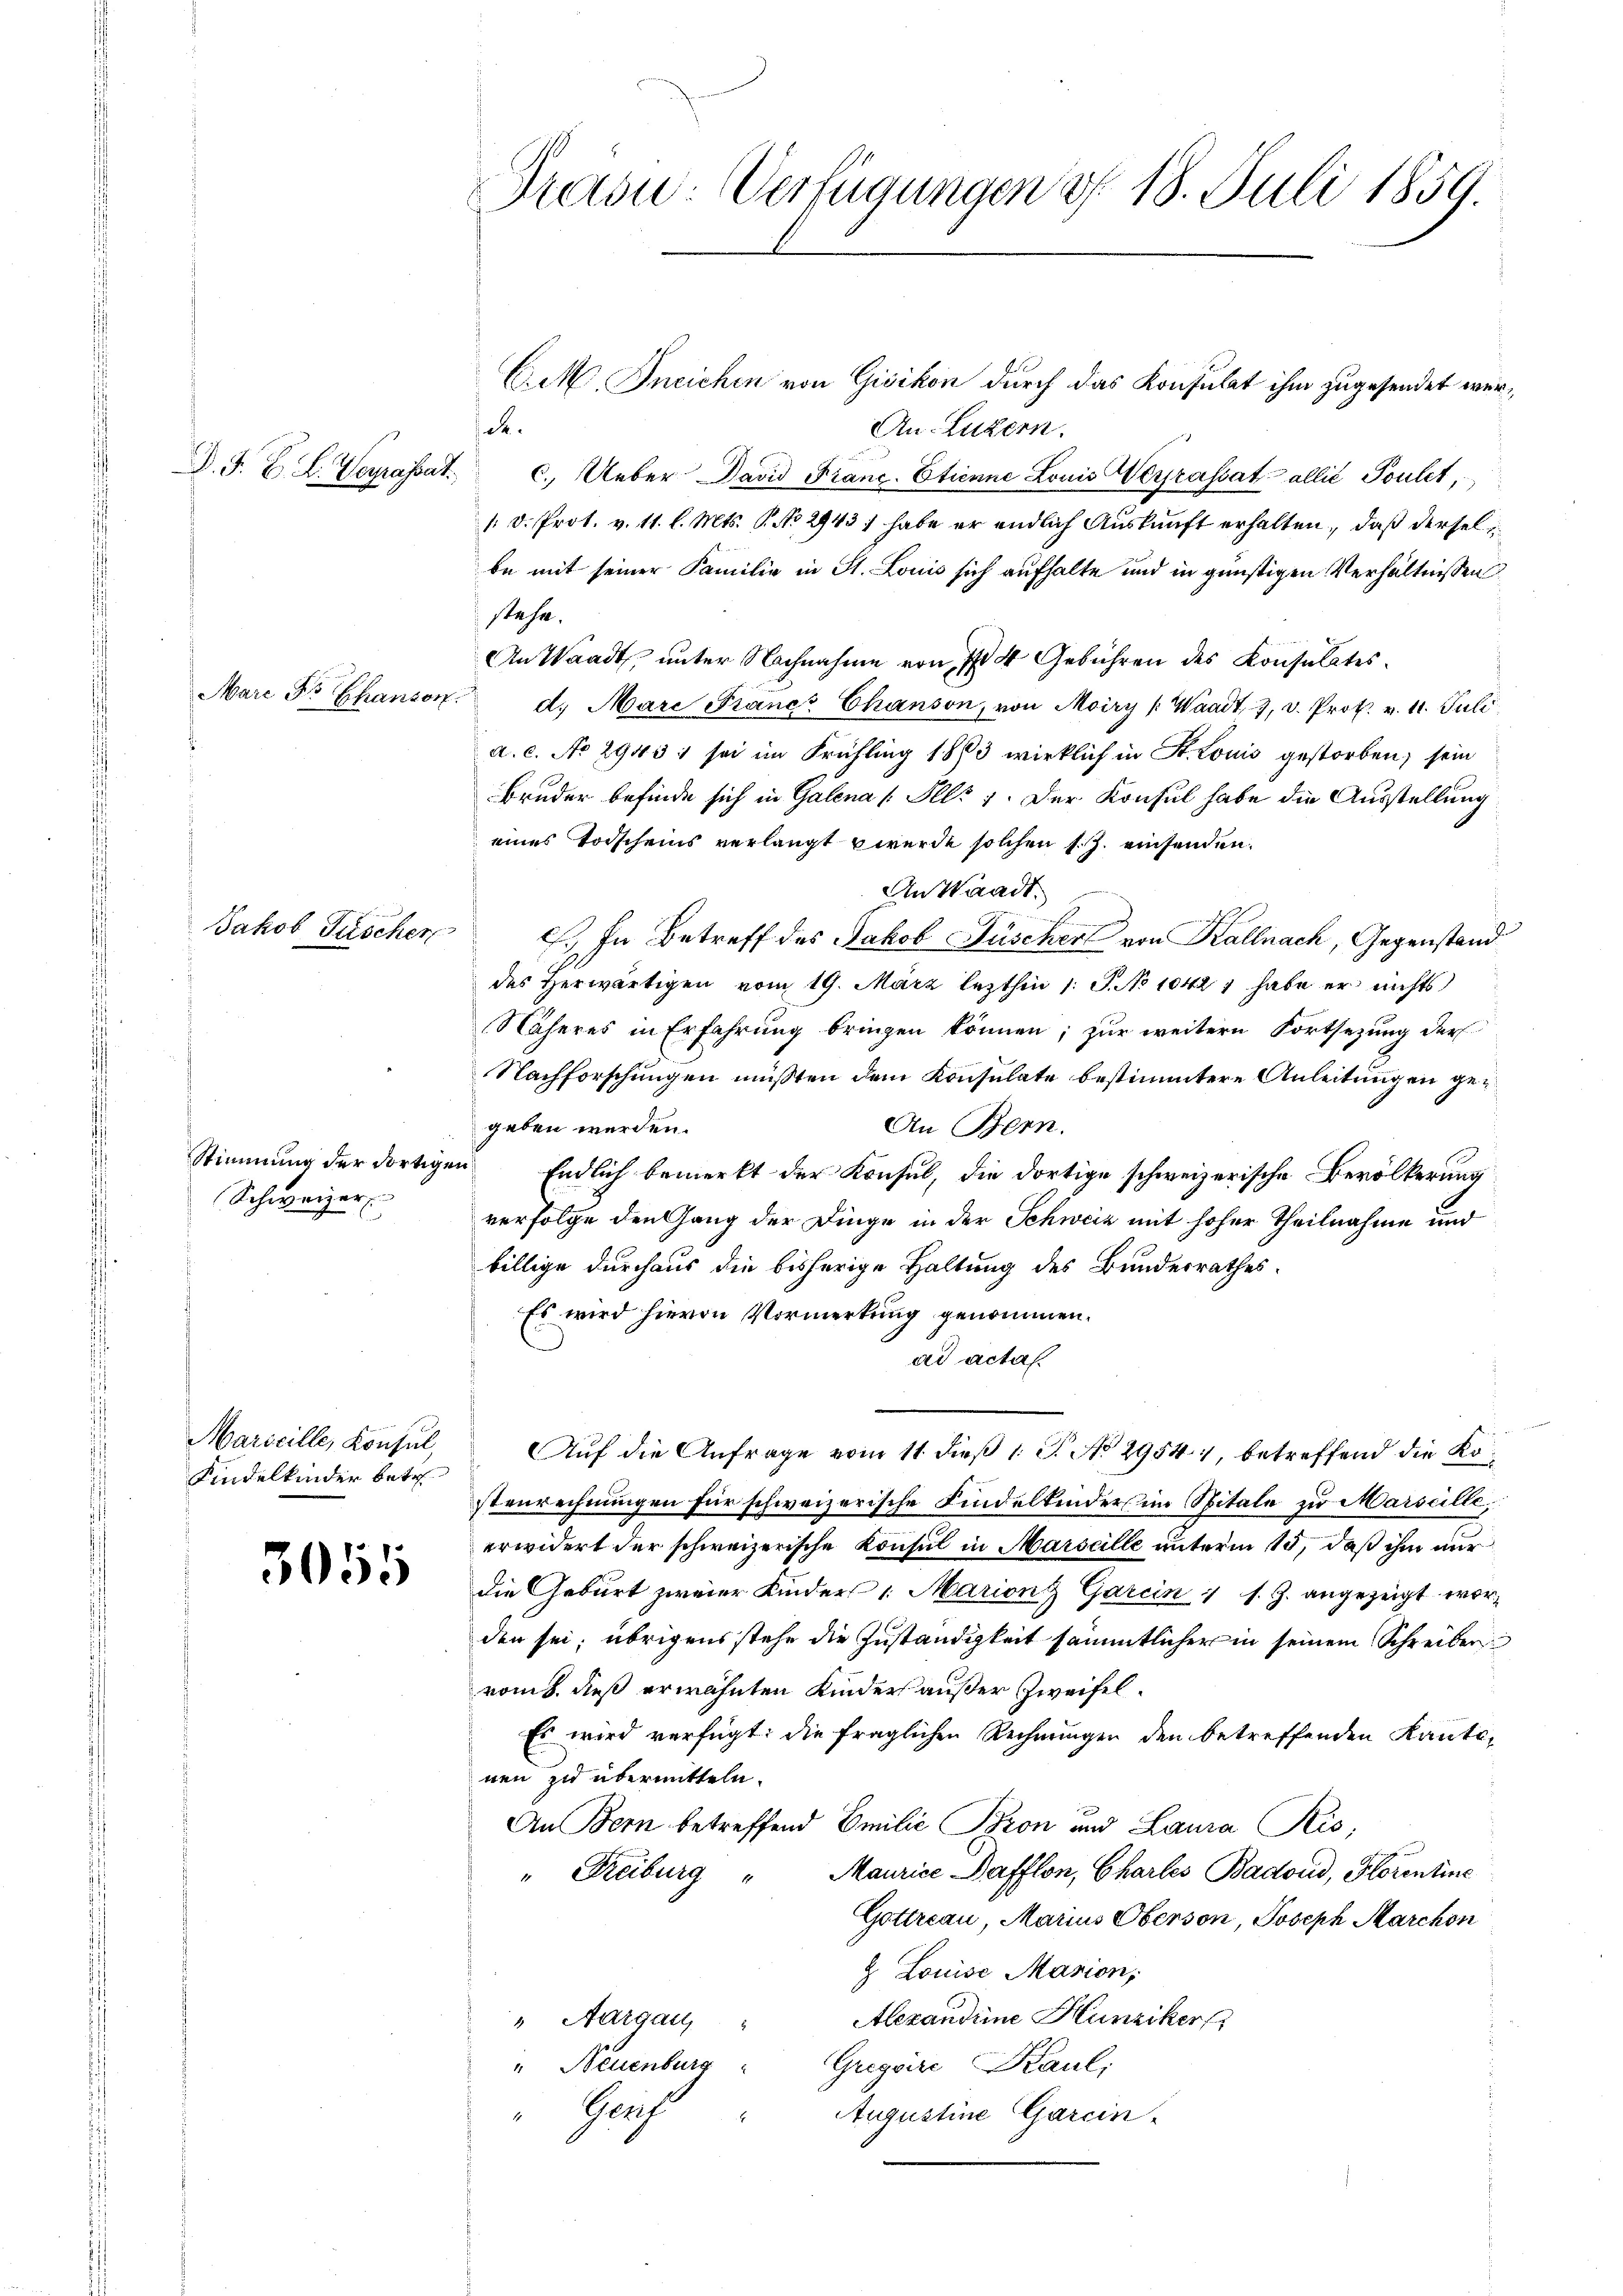
D. J. B. L. Verrassat

Mare Do Ehanson

Jakob Fischer

Stimmung der dortige
Schweizer

Maricille, Konsul,
Kindelkinder betr

3055

Traon-Verfügungen d. 18. Juli 1859.

Cik, Ineichen von Gisikon durch das Konsulat ihm zugesendet wersah.
An-Luzern.
c. Ueber David Frane. Etienne Louis Werrassatallié Poulet,
/. D. Prot. v. 11. l. Mts. P. No 2943) habe er endlich Auskunft erhalten, daß derselbe mit seiner Familie in St. Louis sich aufhalte und in günstigen Verhältnissen
stehe.
An Waadt, unter Nachnahme von I 4 Gebühren des Konsulates
d. Mare Franc Chanson, von Moiry (Waadt, 7, v. Prot. v. 11. Juli
a.c. No 2943 sei im Frühling 1883 wirklich in St. Louis gestorben; sein
Bruder befinde sich in Galena [Ills. Der Konsul habe die Ausstellung
eines Todscheins verlangt werde solchen s. Z. einsenden.
An Waadt.
E. In Betreff des Jakob Füscher von Kallnach, Gegenstand
des Herwärtigen vom 19. März lezthin 1 S. No 10427 habe er nichts
Näheres in Erfahrung bringen können; zur weitern Fortsezung der
Nachforschungen müssten dem Konsulate bestimmtere Anleitungen ge¬
An Bern.
geben werden.
Endlich bemerkt der Konsul, die dortige schweizerische Bevölkerung
verfolge den Gang der Dinge in der Schweiz mit hoher Theilnahme und
billige durchaus die bisherige Haltung des Bundesrathes:
Es wird hievon Vormerkung genommen.
ad acta.
Auf die Anfrage vom 11. dieß 1 S. No 2954, betreffend die Kostenrechnungen für schweizerische Kindeltender im Spitale zu Marseille,
erwidert der schweizerische Konsul in Marseille unterm 15, daß ihm nur
die Geburt zweier Kinder Marient Garein 1 s. Z. angezeigt worden sei; übrigens stehe die Zuständigkeit sämmtlicher in seinem Schreiber
vom 8. dieß erwähnten Kinders außer Zweifel¬
Es wird verfügt: die fraglichen Rechnungen den betreffenden Kantonen zu übermitteln.
An Bern betreffend Emilie Bron und Lausa Kis,
" Freiburg " Maurice Bafflon, Chartes Badoud, Florentine
Gottreau, Marius Oberson, Joseph Marchon
& Louise Masion,
Alexandeine Hunziker
" Aargau
" Neuenburg Gregviri Kaul,
Prof
Augustine Garcin-